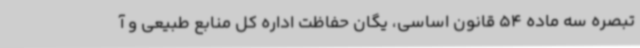
تبصره سه ماده 54 قانون اساسی، یگان حفاظت اداره کل منابع طبیعی و آ